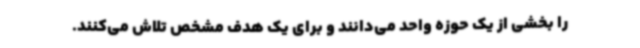
را بخشی از یک حوزه واحد می‌دانند و برای یک هدف مشخص تلاش می‌کنند.